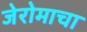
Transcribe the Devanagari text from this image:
जेरोमाचा